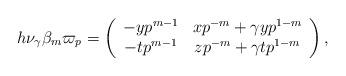
LaTeX: \begin{align*} h \nu_{\gamma} \beta_m \varpi_p = \left(\begin{array}{cc} -yp^{m-1} & xp^{-m} + \gamma yp^{1-m} \\ -tp^{m-1} & zp^{-m} + \gamma tp^{1-m}\end{array}\right),\end{align*}